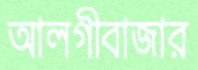
আলগীবাজার